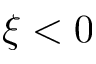
\xi < 0